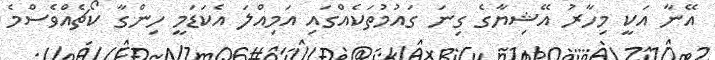
އޭނާ އަކީ މިހާރު އޭޝިޔާގެ ގިނަ ގައުމުތަކެއްގައި އަމިއްލަ އެކަޑަމީ ހިންގާ ކޯޗެއްވެސްމެ